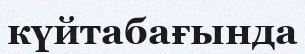
күйтабағында